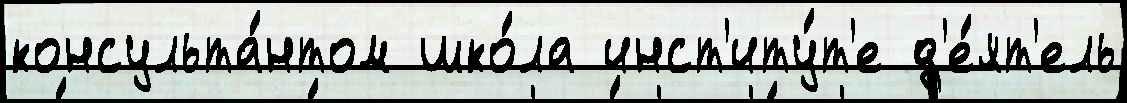
консульта́нтом шко́ла инст'иту́т'е д'е́ят'ель